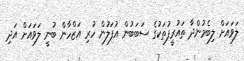
ލަވައަށް ލިބެމުންދާ ތައުރީފުތަކުގެ ސަބަބުން އުފަލުން ހުރި އަޒްހާން ބުނީ ލަވައަށް އަދި